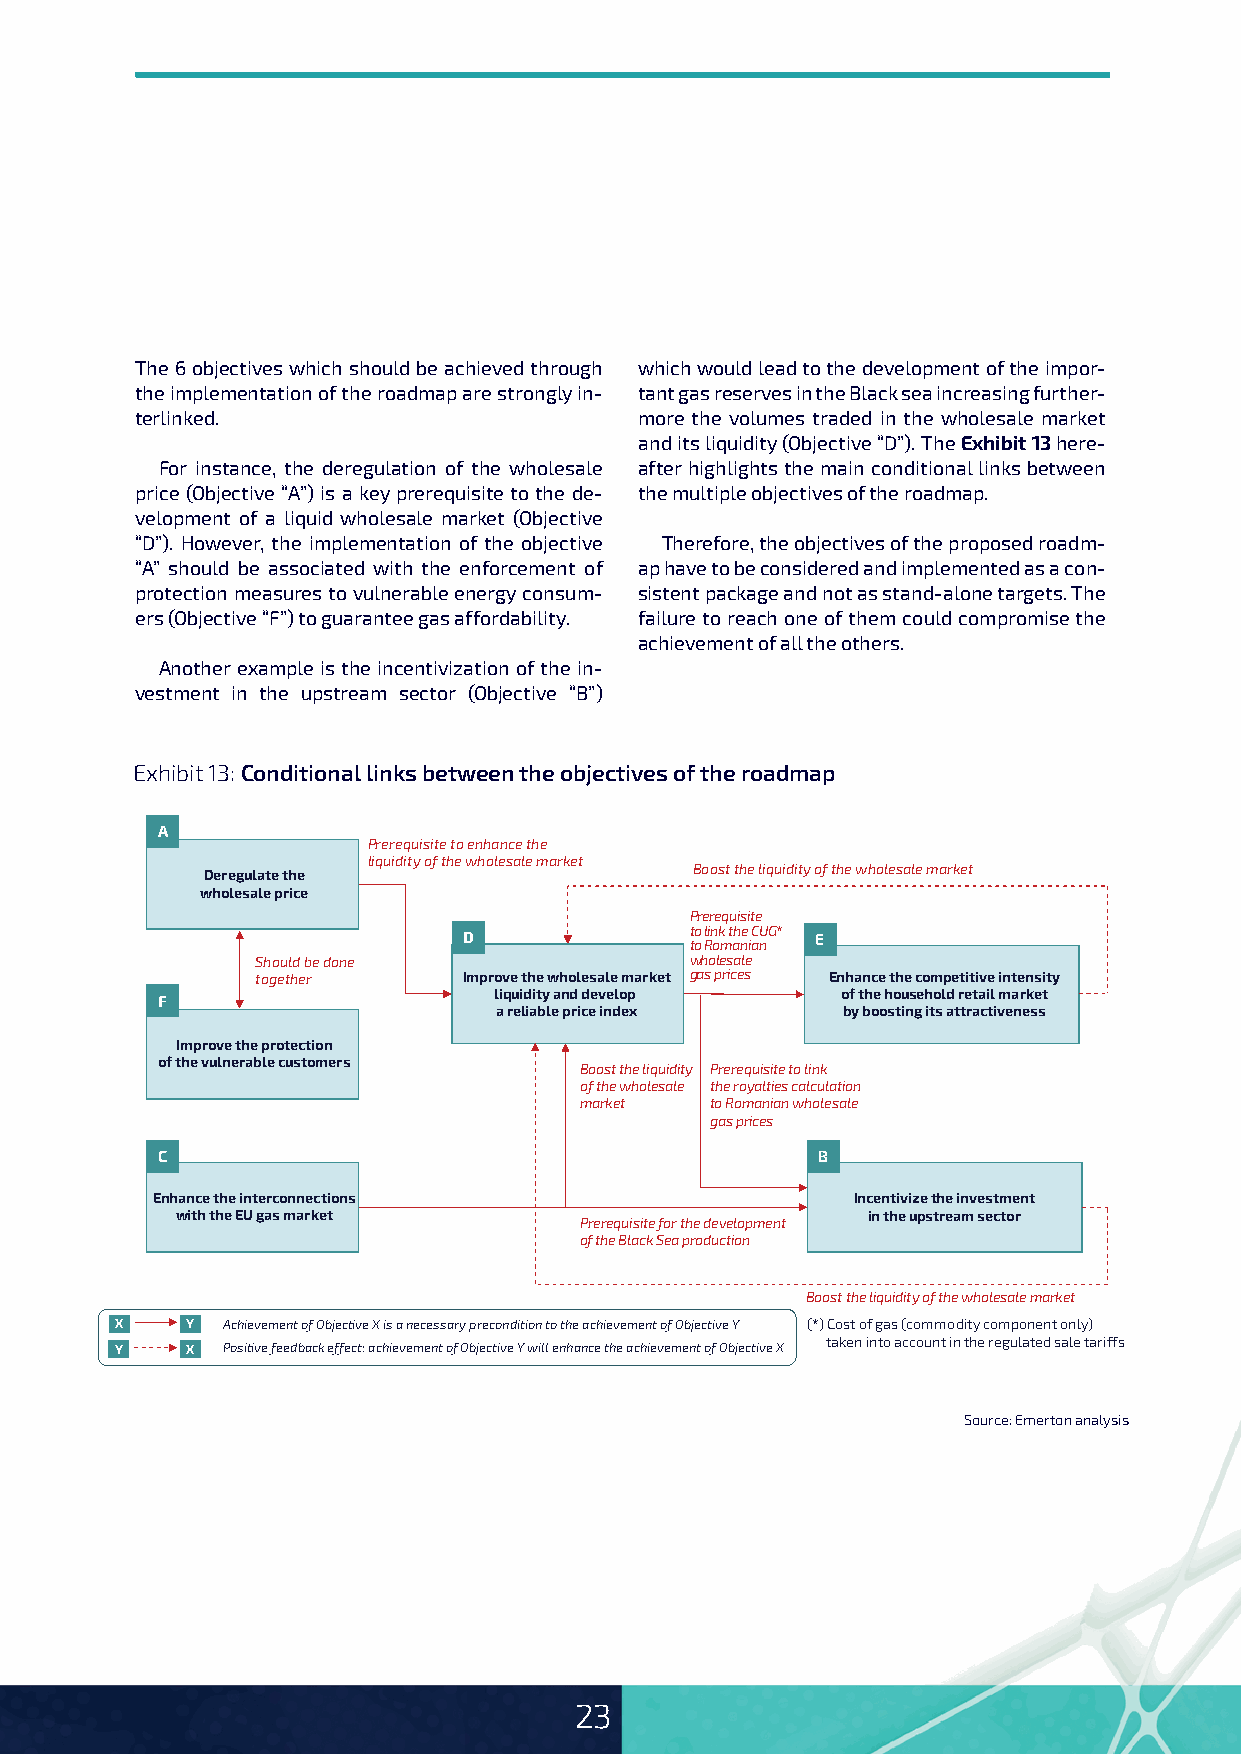
The 6 objectives which should be achieved through which would lead to the development of the impor-
 the implementation of the roadmap are strongly in- tant gas reserves in the Black sea increasing further-
 terlinked.                       more the volumes traded in the wholesale market
 and its liquidity (Objective “D”). The Exhibit 13 here-
 For instance, the deregulation of the wholesale after highlights the main conditional links between
 price (Objective “A”) is a key prerequisite to the de- the multiple objectives of the roadmap.
 velopment of a liquid wholesale market (Objective
 “D”). However, the implementation of the objective Therefore, the objectives of the proposed roadm-
 “A” should be associated with the enforcement of ap have to be considered and implemented as a con-
 protection measures to vulnerable energy consum- sistent package and not as stand-alone targets. The
 ers (Objective “F”) to guarantee gas affordability. failure to reach one of them could compromise the
 achievement of all the others.
 Another example is the incentivization of the in-
 vestment in the upstream sector (Objective “B”)
 Exhibit 13: Conditional links between the objectives of the roadmap
 A
 Prerequisite to enhance the
 liquidity of the wholesale market
 Deregulate the                   Boost the liquidity of the wholesale market
 wholesale price
 Prerequisite
 D              t to o l Rin ok m t ah ne i aCU nG* E
 Should be done               wholesale
 together      Improve the wholesale market gas prices Enhance the competitive intensity
 liquidity and develop  of the household retail market
 F
 a reliable price index by boosting its attractiveness
 Improve the protection
 of the vulnerable customers Boost the liquidity Prerequisite to link
 of the wholesale the royalties calculation
 market   to Romanian wholesale
 gas prices
 C                                           B
 Enhance the interconnections                   Incentivize the investment
 with the EU gas market                       in the upstream sector
 Prerequisite for the development
 of the Black Sea production
 Boost the liquidity of the wholesale market
 X   Y  Achievement of Objective X is a necessary precondition to the achievement of Objective Y (*) Cost of gas (commodity component only)
 taken into account in the regulated sale tariffs
 Y   X  Positive feedback effect: achievement of Objective Y will enhance the achievement of Objective X
 Source: Emerton analysis
 23